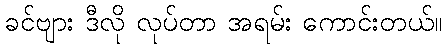
ခင်ဗျား ဒီလို လုပ်တာ အရမ်း ကောင်းတယ်။